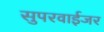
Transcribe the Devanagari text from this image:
सुपरवाईजर